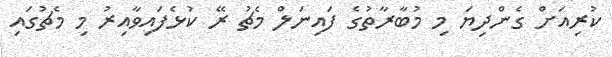
ކުރިއަށް ގެންދިޔަ މި މުބާރާތުގެ ފައިނަލް މެޗު ރޭ ކުޅެފައިވާއިރު މި މެޗުގައި